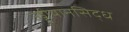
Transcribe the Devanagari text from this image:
उड्डीयानसिद्ध